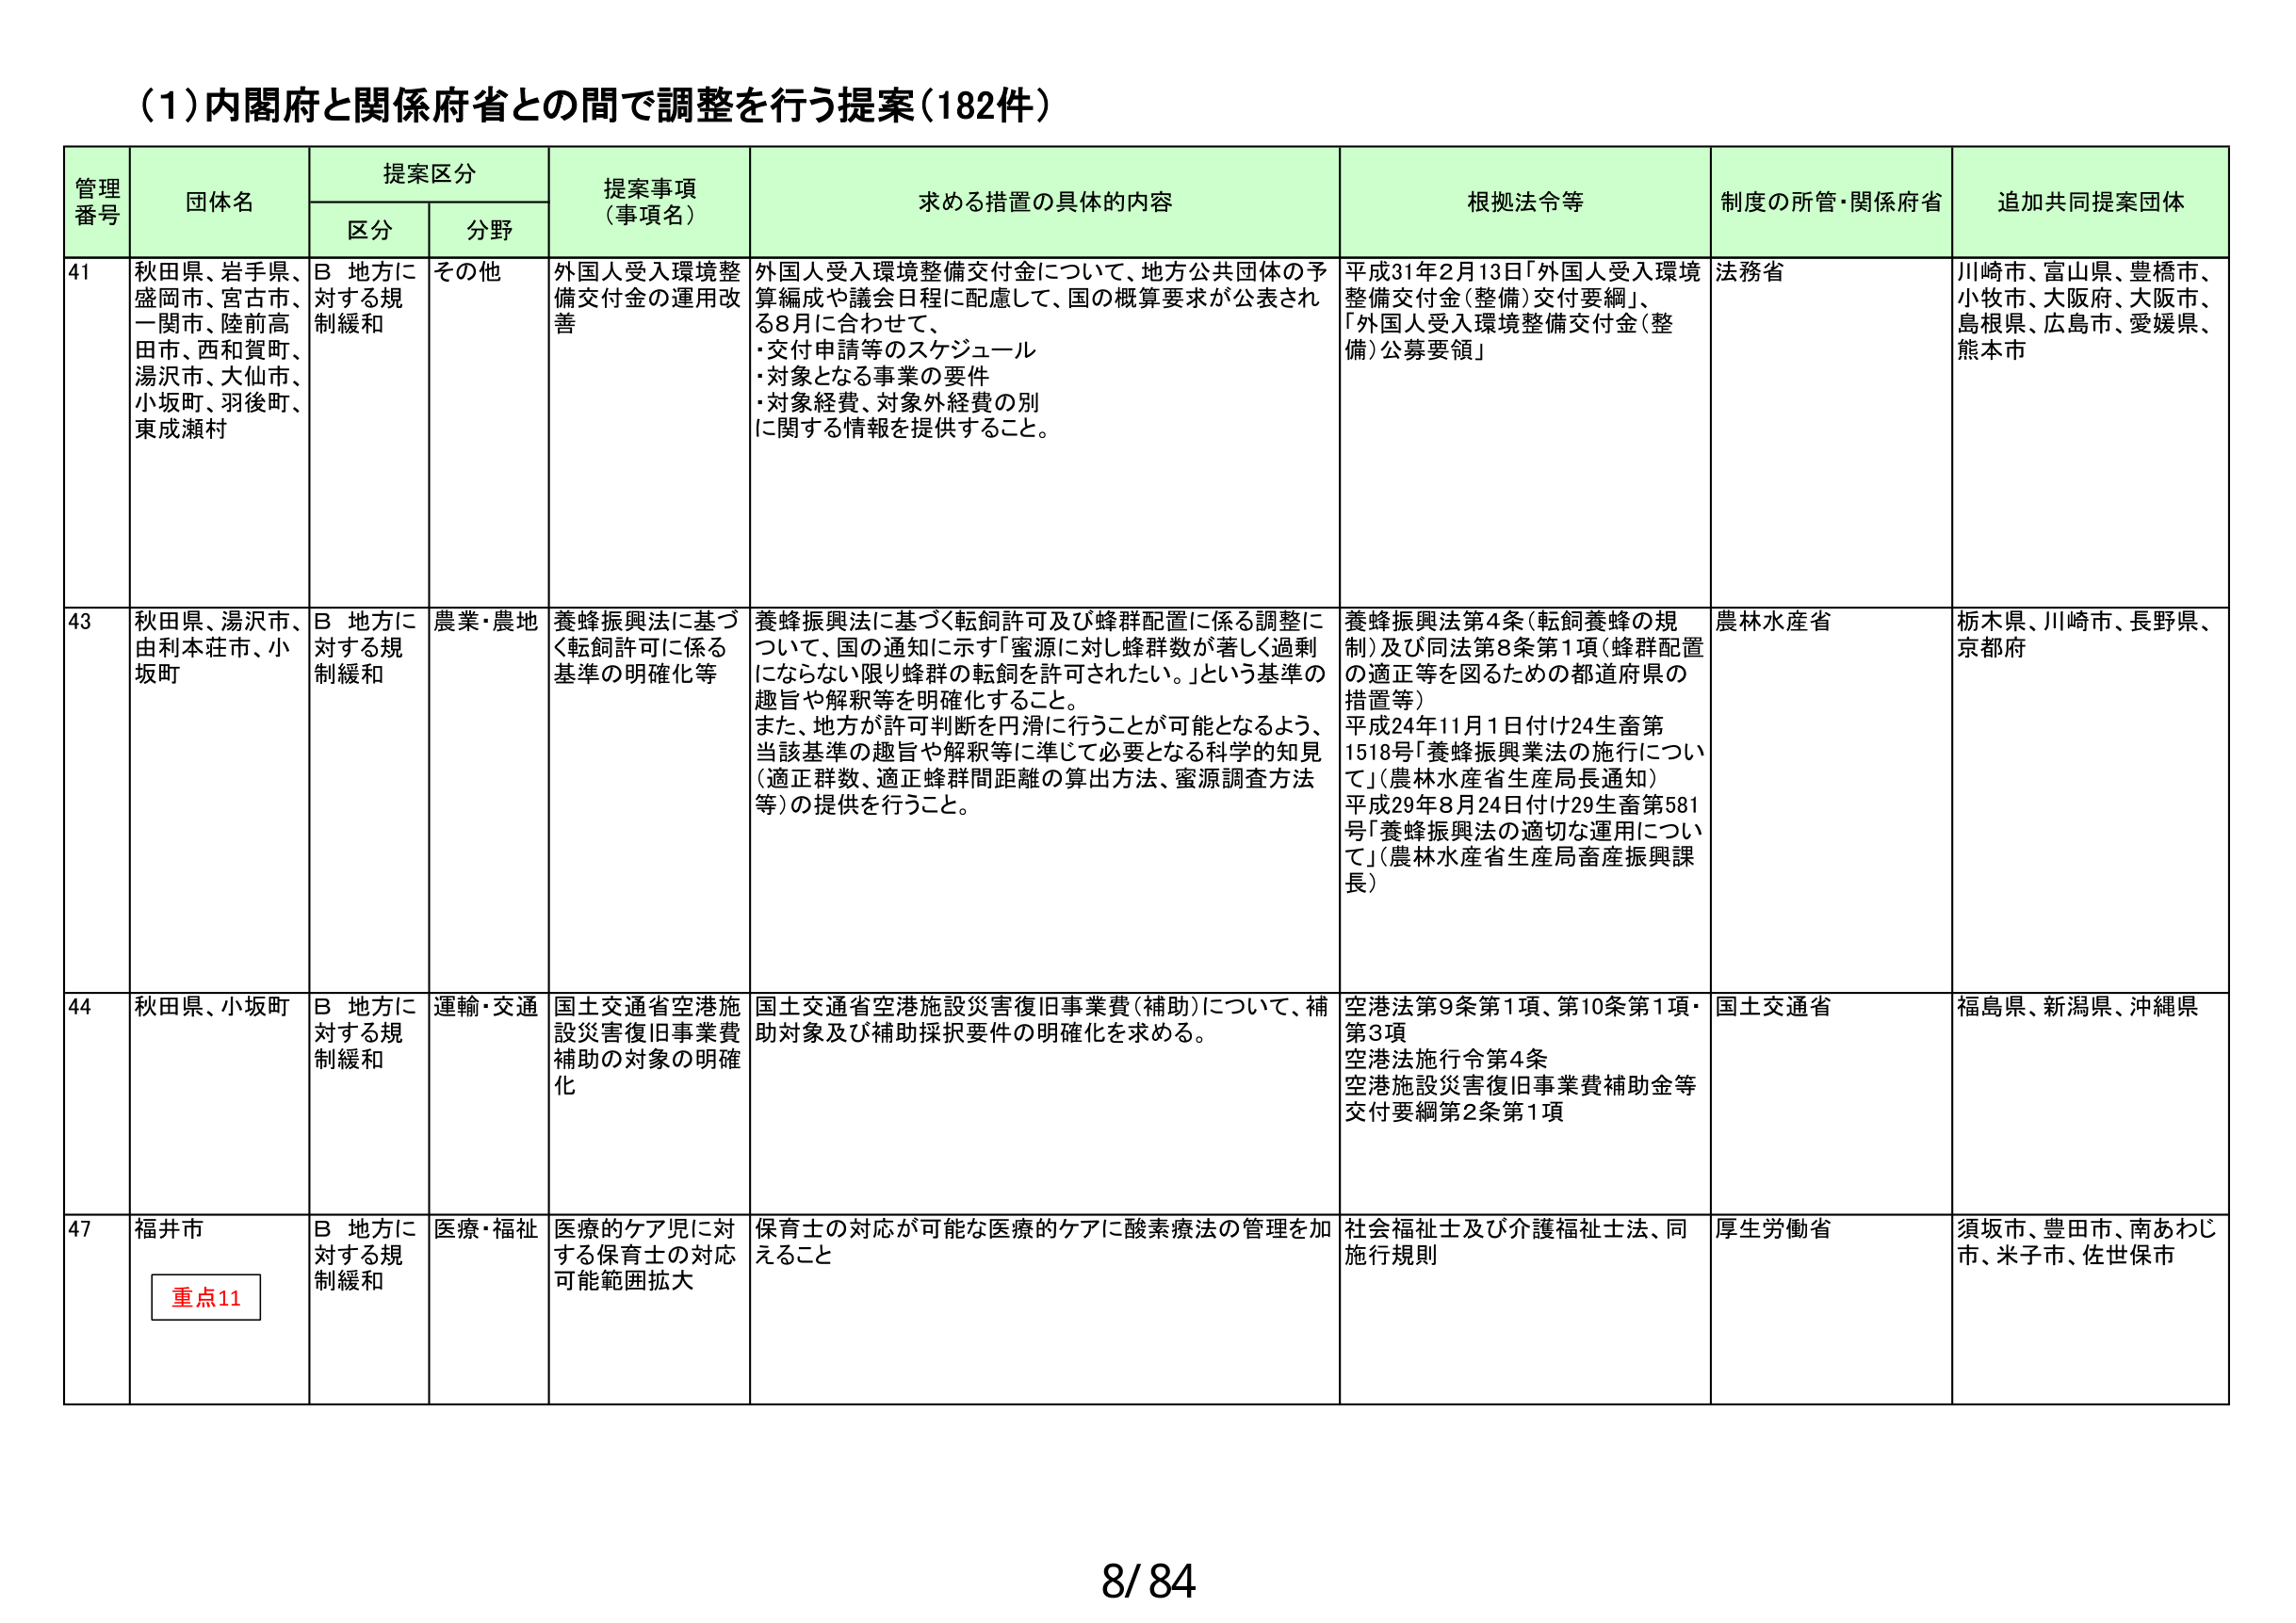
(1)内閣府と関係府省との間で調整を行う提案(182件)

管理番号	団体名	提案区分	提案事項（事項名）	求める措置の具体的内容	根拠法令等	制度の所管・関係府省	追加共同提案団体
		区分	分野
41	秋田県、岩手県、盛岡市、宮古市、一関市、陸前高田市、西和賀町、湯沢市、大仙市、小坂町、羽後町、東成瀬村	B 地方に対する規制緩和	その他	外国人受入環境整備交付金の運用改善	外国人受入環境整備交付金について、地方公共団体の予算編成や議会日程に配慮して、国の概算要求が公表される8月に合わせて、
・交付申請等のスケジュール
・対象となる事業の要件
・対象経費、対象外経費の別に関する情報を提供すること。	平成31年2月13日「外国人受入環境整備交付金（整備）交付要綱」、「外国人受入環境整備交付金（整備）公募要領」	法務省	川崎市、富山県、豊橋市、小牧市、大阪府、大阪市、島根県、広島市、愛媛県、熊本市
43	秋田県、湯沢市、由利本荘市、小坂町	B 地方に対する規制緩和	農業・農地	養蜂振興法に基づく転飼許可に係る基準の明確化等	養蜂振興法に基づく転飼許可及び蜂群配置に係る調整について、国の通知に示す「蜜源に対し蜂群数が著しく過剰にならない限り蜂群の転飼を許可されたい。」という基準の趣旨や解釈等を明確化すること。
また、地方が許可判断を円滑に行うことが可能となるよう、当該基準の趣旨や解釈等に準じて必要となる科学的知見（適正群数、適正蜂群間距離の算出方法、蜜源調査方法等）の提供を行うこと。	養蜂振興法第4条（転飼養蜂の規制）及び同法第8条第1項（蜂群配置の適正等を図るための都道府県の措置等）
平成24年11月1日付け24生畜第1518号「養蜂振興業法の施行について」（農林水産省生産局長通知）
平成29年8月24日付け29生畜第581号「養蜂振興法の適切な運用について」（農林水産省生産局畜産振興課長）	農林水産省	栃木県、川崎市、長野県、京都府
44	秋田県、小坂町	B 地方に対する規制緩和	運輸・交通	国土交通省空港施設災害復旧事業費補助の対象の明確化	国土交通省空港施設災害復旧事業費（補助）について、補助対象及び補助採択要件の明確化を求める。	空港法第9条第1項、第10条第1項・第3項
空港法施行令第4条
空港施設災害復旧事業費補助金等交付要綱第2条第1項	国土交通省	福島県、新潟県、沖縄県
47	福井市	B 地方に対する規制緩和	医療・福祉	医療的ケア児に対する保育士の対応可能範囲拡大	保育士の対応が可能な医療的ケアに酸素療法の管理を加えること	社会福祉士及び介護福祉士法、同施行規則	厚生労働省	須坂市、豊田市、南あわじ市、米子市、佐世保市

重点11

8/84